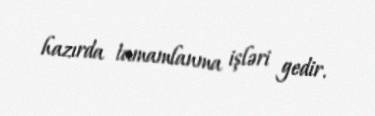
hazırda tamamlanma işləri gedir.